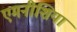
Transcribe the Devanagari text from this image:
एमनीशिया